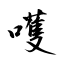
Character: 嚄